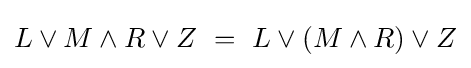
L\lor M\land R\lor Z~=~L\lor (M\land R)\lor Z